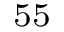
^ { 5 5 }